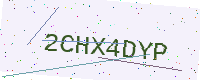
Text: 2CHX4DYP